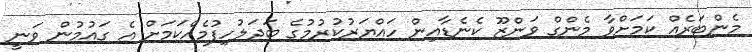
މެންބަރެއް ކަމަށްވާ މެންގް ވަންޒޫ ކެނެޑާއިން ހައްޔަރުކުރުމުގެ ބަދަލުހިފުމެއްކަމަށް އެ ގައުމުން ވަނީ